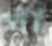
খা